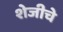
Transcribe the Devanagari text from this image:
शेजीचे